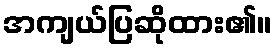
အကျယ်ပြဆိုထား၏။